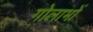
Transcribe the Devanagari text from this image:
गोलाभों